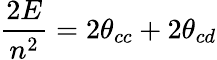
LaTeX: \frac{2E}{n^{2}}=2\theta_{cc}+2\theta_{cd}